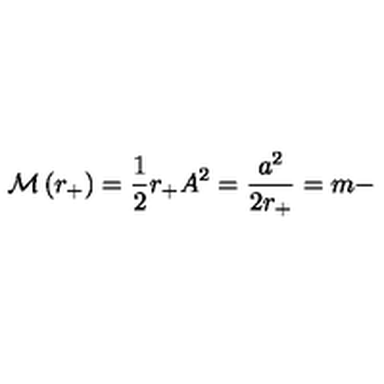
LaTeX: { \cal M } \left( r _ { + } \right) = \frac { 1 } { 2 } r _ { + } A ^ { 2 } = \frac { a ^ { 2 } } { 2 r _ { + } } = m -